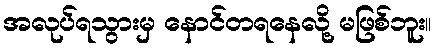
အလုပ်ရသွားမှ နောင်တရနေလို့ မဖြစ်ဘူး။